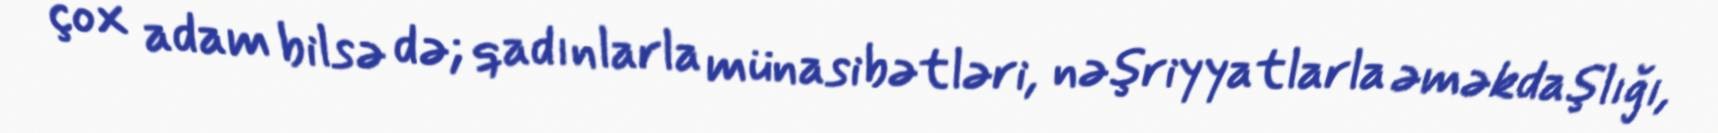
çox adam bilsə də; qadınlarla münasibətləri, nəşriyyatlarla əməkdaşlığı,